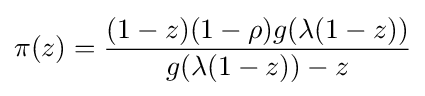
\pi (z)={\frac {(1-z)(1-\rho )g(\lambda (1-z))}{g(\lambda (1-z))-z}}